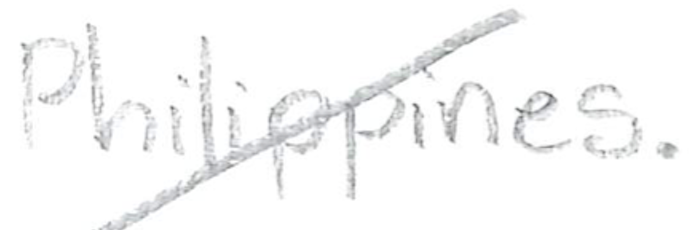
Text: Philippines.
Cross-out: diagonal
Writing tool: pencil